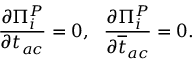
{ \frac { \partial \Pi _ { i } ^ { P } } { \partial t _ { a c } } } = 0 , ~ ~ { \frac { \partial \Pi _ { i } ^ { P } } { \partial \overline { { { t } } } _ { a c } } } = 0 .